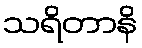
သရိတာနိ